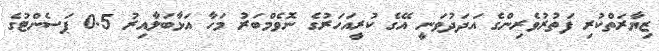
ޒިޔާރަތްކުރި ފަތުރުވެރިންގެ އަދަދުވަނީ އޭގެ ކުރީއަހަރުގެ ނޮވެމްބަރު މަހާ އަޅާބަލާއިރު 0.5 ޕަސެންޓުގެ